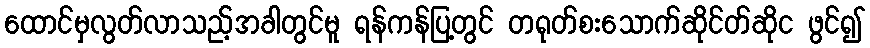
ထောင်မှလွတ်လာသည့်အခါတွင်မူ ရန်ကန်ပြ့တွင် တရုတ်စးသောက်ဆိုင်တ်ဆိုင ဖွင်၍